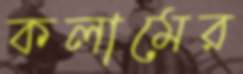
কলামের